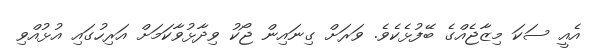
އެއީ ސަކަ މިޒާޖެއްގެ ބޭފުޅެކެވެ. ވަރަށް ގިނައިން ޖޯކު ވިދާޅުވާކަމަށް އަރިހުގައި އުޅުއްވި